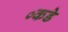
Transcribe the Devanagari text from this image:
०कडे